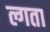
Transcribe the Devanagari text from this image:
ल्गता